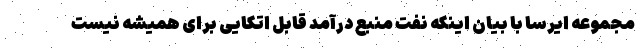
مجموعه ایرسا با بیان اینکه نفت منبع درآمد قابل اتکایی برای همیشه نیست